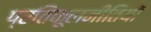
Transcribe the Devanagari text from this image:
प्रतिकूलनीतियों